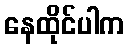
နေထိုင်ပါက